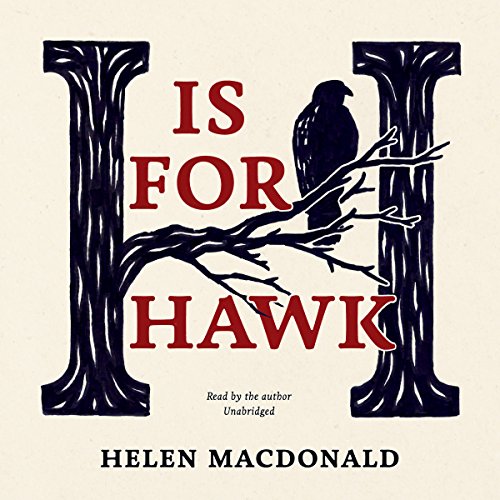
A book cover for H Is for Hawk; Helen Macdonald; Self-Help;